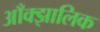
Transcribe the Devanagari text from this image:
आँक्झालिक